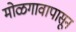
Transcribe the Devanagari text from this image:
मोळगावापासून